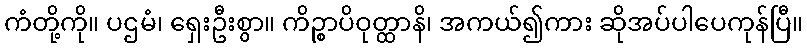
ကံတို့ကို။ ပဌမံ၊ ရှေးဦးစွာ။ ကိဉ္စာပိဝုတ္ထာနိ၊ အကယ်၍ကား ဆိုအပ်ပါပေကုန်ပြီ။